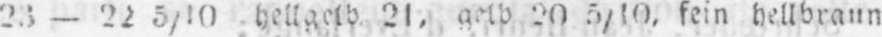
23- 22 5/10 hellgelb 21, gelb 20 5/10 fein hellbraun